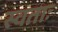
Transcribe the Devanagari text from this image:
स्वताः